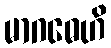
မာဂဓေဟိ